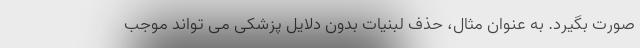
صورت بگیرد. به عنوان مثال، حذف لبنیات بدون دلایل پزشکی می تواند موجب